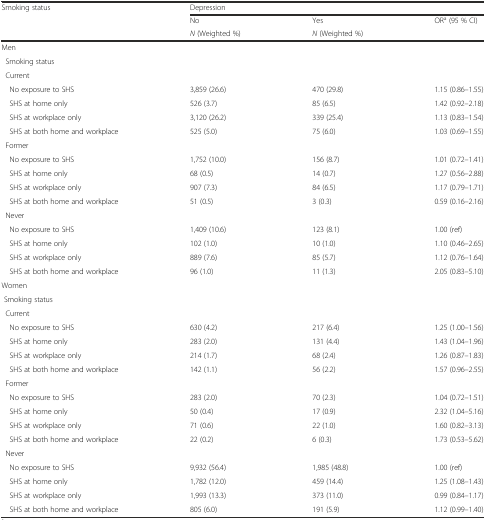
<table><thead><tr><td rowspan="3"><b>Smoking status</b></td><td colspan="3"><b>Depression</b></td></tr><tr><td><b>No</b></td><td><b>Yes</b></td><td><b>OR<sup>a</sup> (95 % CI)</b></td></tr><tr><td><b><i>N</i> (Weighted %)</b></td><td><b><i>N</i> (Weighted %)</b></td><td></td></tr></thead><tbody><tr><td>Men</td><td></td><td></td><td></td></tr><tr><td> Smoking status</td><td></td><td></td><td></td></tr><tr><td> Current</td><td></td><td></td><td></td></tr><tr><td> No exposure to SHS</td><td>3,859 (26.6)</td><td>470 (29.8)</td><td>1.15 (0.86–1.55)</td></tr><tr><td> SHS at home only</td><td>526 (3.7)</td><td>85 (6.5)</td><td>1.42 (0.92–2.18)</td></tr><tr><td> SHS at workplace only</td><td>3,120 (26.2)</td><td>339 (25.4)</td><td>1.13 (0.83–1.54)</td></tr><tr><td> SHS at both home and workplace</td><td>525 (5.0)</td><td>75 (6.0)</td><td>1.03 (0.69–1.55)</td></tr><tr><td> Former</td><td></td><td></td><td></td></tr><tr><td> No exposure to SHS</td><td>1,752 (10.0)</td><td>156 (8.7)</td><td>1.01 (0.72–1.41)</td></tr><tr><td> SHS at home only</td><td>68 (0.5)</td><td>14 (0.7)</td><td>1.27 (0.56–2.88)</td></tr><tr><td> SHS at workplace only</td><td>907 (7.3)</td><td>84 (6.5)</td><td>1.17 (0.79–1.71)</td></tr><tr><td> SHS at both home and workplace</td><td>51 (0.5)</td><td>3 (0.3)</td><td>0.59 (0.16–2.16)</td></tr><tr><td> Never</td><td></td><td></td><td></td></tr><tr><td> No exposure to SHS</td><td>1,409 (10.6)</td><td>123 (8.1)</td><td>1.00 (ref)</td></tr><tr><td> SHS at home only</td><td>102 (1.0)</td><td>10 (1.0)</td><td>1.10 (0.46–2.65)</td></tr><tr><td> SHS at workplace only</td><td>889 (7.6)</td><td>85 (5.7)</td><td>1.12 (0.76–1.64)</td></tr><tr><td> SHS at both home and workplace</td><td>96 (1.0)</td><td>11 (1.3)</td><td>2.05 (0.83–5.10)</td></tr><tr><td>Women</td><td></td><td></td><td></td></tr><tr><td> Smoking status</td><td></td><td></td><td></td></tr><tr><td> Current</td><td></td><td></td><td></td></tr><tr><td> No exposure to SHS</td><td>630 (4.2)</td><td>217 (6.4)</td><td>1.25 (1.00–1.56)</td></tr><tr><td> SHS at home only</td><td>283 (2.0)</td><td>131 (4.4)</td><td>1.43 (1.04–1.96)</td></tr><tr><td> SHS at workplace only</td><td>214 (1.7)</td><td>68 (2.4)</td><td>1.26 (0.87–1.83)</td></tr><tr><td> SHS at both home and workplace</td><td>142 (1.1)</td><td>56 (2.2)</td><td>1.57 (0.96–2.55)</td></tr><tr><td> Former</td><td></td><td></td><td></td></tr><tr><td> No exposure to SHS</td><td>283 (2.0)</td><td>70 (2.3)</td><td>1.04 (0.72–1.51)</td></tr><tr><td> SHS at home only</td><td>50 (0.4)</td><td>17 (0.9)</td><td>2.32 (1.04–5.16)</td></tr><tr><td> SHS at workplace only</td><td>71 (0.6)</td><td>22 (1.0)</td><td>1.60 (0.82–3.13)</td></tr><tr><td> SHS at both home and workplace</td><td>22 (0.2)</td><td>6 (0.3)</td><td>1.73 (0.53–5.62)</td></tr><tr><td> Never</td><td></td><td></td><td></td></tr><tr><td> No exposure to SHS</td><td>9,932 (56.4)</td><td>1,985 (48.8)</td><td>1.00 (ref)</td></tr><tr><td> SHS at home only</td><td>1,782 (12.0)</td><td>459 (14.4)</td><td>1.25 (1.08–1.43)</td></tr><tr><td> SHS at workplace only</td><td>1,993 (13.3)</td><td>373 (11.0)</td><td>0.99 (0.84–1.17)</td></tr><tr><td> SHS at both home and workplace</td><td>805 (6.0)</td><td>191 (5.9)</td><td>1.12 (0.99–1.40)</td></tr></tbody></table>